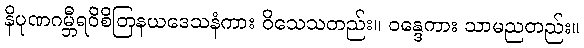
နိပုဏဂမ္ဘီရဝိစိတြနယဒေသနံကား ဝိသေသတည်း။ ဝန္ဒေကား သာမညတည်း။